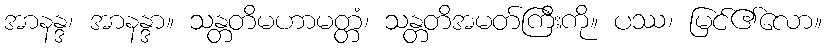
အာနန္ဒ၊ အာနန္ဒာ။ သန္တတိမဟာမတ္တံ၊ သန္တတိအမတ်ကြီးကို။ ပဿ၊ မြင်၏လော။